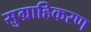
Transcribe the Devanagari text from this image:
सुग्राहिकरण